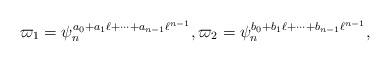
LaTeX: \begin{align*}\varpi_1=\psi_n^{a_0+a_1 \ell+\cdots+a_{n-1} \ell^{n-1}},\varpi_2=\psi_n^{b_0+b_1 \ell+\cdots+b_{n-1} \ell^{n-1}},\end{align*}